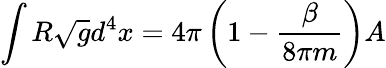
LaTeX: \int R\sqrt{g}d^{4}x=4\pi\left(1-{\frac{\beta}{8\pi m}}\right)A